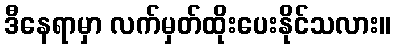
ဒီနေရာမှာ လက်မှတ်ထိုးပေးနိုင်သလား။